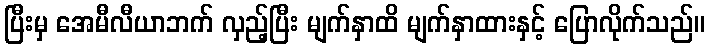
ပြီးမှ အေမီလီယာဘက် လှည့်ပြီး မျက်နှာထိ မျက်နှာထားနှင့် ပြောလိုက်သည်။